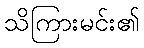
သိကြားမင်း၏